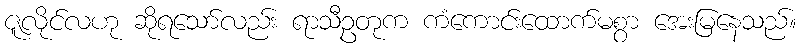
ဇူလိုင်လဟု ဆိုရသော်လည်း ရာသီဥတုက ကံကောင်းထောက်မစွာ အေးမြနေသည်။